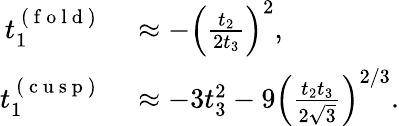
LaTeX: \begin{array}{rl}{t_{1}^{\mathrm{~(~f~o~l~d~)~}}}&{{}\approx-\left(\frac{t_{2}}{2t_{3}}\right)^{2},}\\ {t_{1}^{\mathrm{~(~c~u~s~p~)~}}}&{{}\approx-3t_{3}^{2}-9\left(\frac{t_{2}t_{3}}{2\sqrt{3}}\right)^{2/3}.}\end{array}